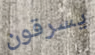
يسرقون